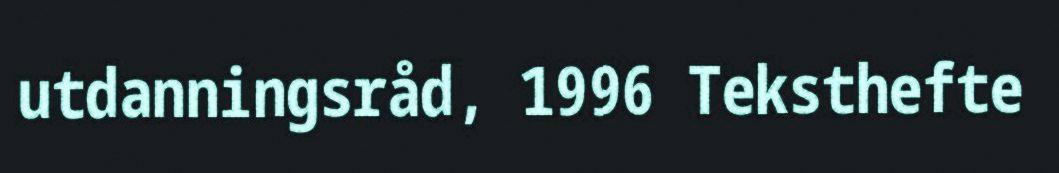
utdanningsråd, 1996 Teksthefte